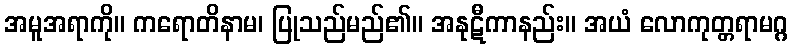
အမူအရာကို။ ကရောတိနာမ၊ ပြုသည်မည်၏။ အနုဋီကာနည်း။ အယံ လောကုတ္တရာမဂ္ဂ